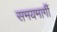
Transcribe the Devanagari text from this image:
समयमार्गी